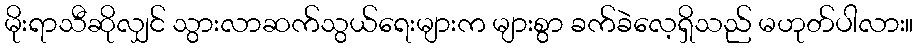
မိုးရာသီဆိုလျှင် သွားလာဆက်သွယ်ရေးများက များစွာ ခက်ခဲလေ့ရှိသည် မဟုတ်ပါလား။